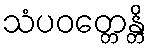
သံပဝတ္တေန္တိ